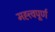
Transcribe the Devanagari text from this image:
मह्त्त्वपूर्ण